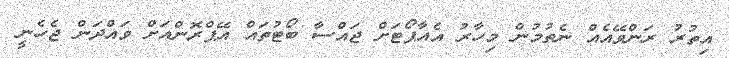
އިތުރު ރަންވޭއެއް ނެތުމުން މިހާރު އެއާޕޯޓަށް ޖައްސާ ބޯޓުތައް އޭޕްރޮންއަށް ވައްދަން ޖެހެނީ